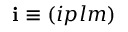
\mathbf { i } \equiv ( i p l m )